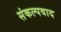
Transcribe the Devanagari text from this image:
संकल्पवाद